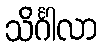
သိင်္ဂါလာ